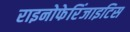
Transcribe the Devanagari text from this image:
राइनोफेरिंजाइटिस